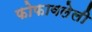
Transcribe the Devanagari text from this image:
फोफावलेली